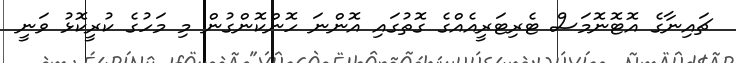
ޗައިނާގެ އޮޓޮނޮމަސް ޓެރިޓަރީއެއްގެ ގޮތުގައި އޮންނަ ހޮންކޮންގުން މި މަހުގެ ކުރީކޮޅު ވަނީ